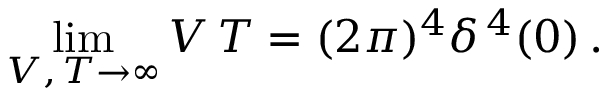
\operatorname * { l i m } _ { V , \, T \to \infty } V \, T = ( 2 \pi ) ^ { 4 } \delta ^ { \, 4 } ( 0 ) \, .